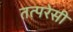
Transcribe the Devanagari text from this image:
तत्परेसी